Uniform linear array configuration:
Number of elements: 64
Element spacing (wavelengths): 1
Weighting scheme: kaiser
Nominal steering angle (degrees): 60
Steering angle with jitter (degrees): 60.409
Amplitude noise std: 0.05
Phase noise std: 0.05

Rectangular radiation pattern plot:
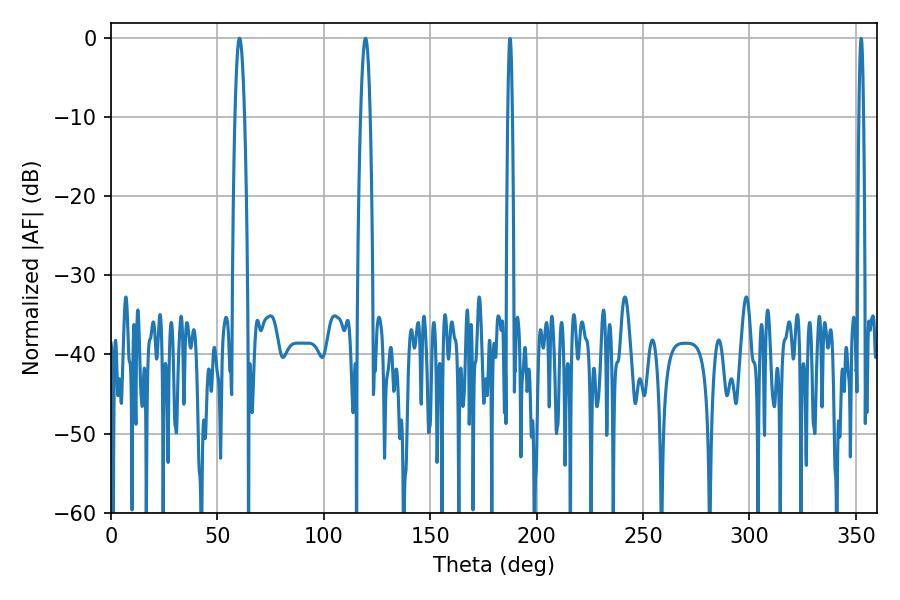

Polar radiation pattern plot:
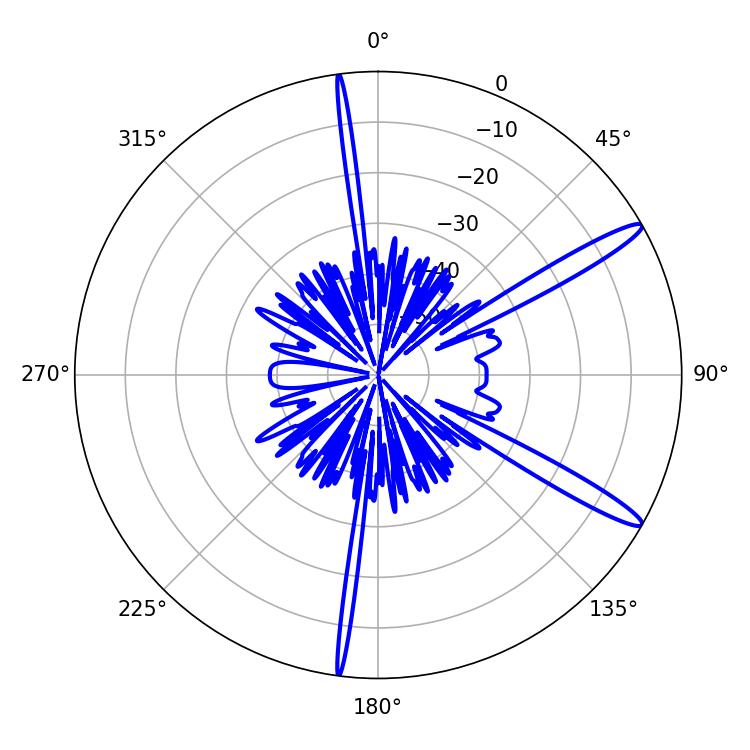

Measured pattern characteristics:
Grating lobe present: TRUE
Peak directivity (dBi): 14.199
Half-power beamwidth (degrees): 2.34
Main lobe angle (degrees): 60.48